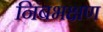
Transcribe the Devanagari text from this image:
निंबभक्षण